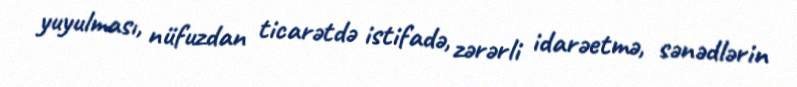
yuyulması, nüfuzdan ticarətdə istifadə, zərərli idarəetmə, sənədlərin